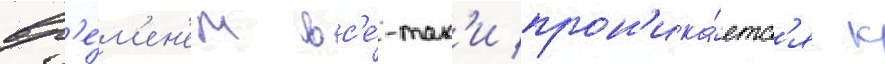
вр'е́м'ен'ем вс'е́-так'и прон'ика́етс'я к